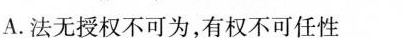
A.法无授权不可为，有权不可任性